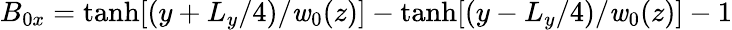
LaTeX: B_{0x}=\operatorname{tanh}[(y+L_{y}/4)/\mathit{w}_{0}(z)]-\operatorname{tanh}[(y-L_{y}/4)/\mathit{w}_{0}(z)]-1